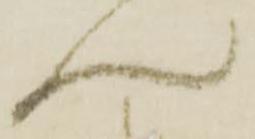
ん